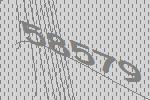
58579